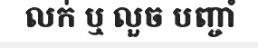
លក់ ឬ លួច បញ្ចាំ